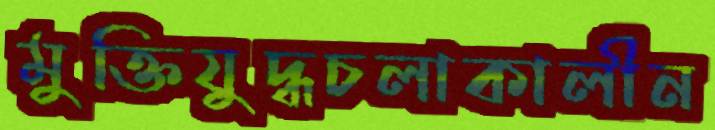
মুক্তিযুদ্ধচলাকালীন